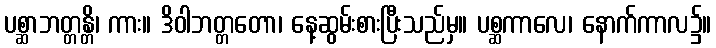
ပစ္ဆာဘတ္တန္တိ၊ ကား။ ဒိဝါဘတ္တတော၊ နေ့ဆွမ်းစားပြီးသည်မှ။ ပစ္ဆကာလေ၊ နောက်ကာလ၌။